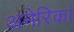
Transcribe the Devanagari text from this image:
अमेरिकां